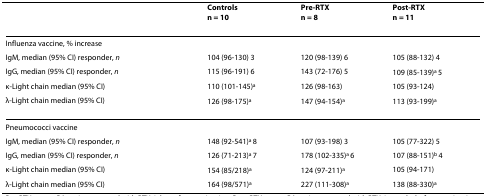
<table><thead><tr><td></td><td><b>Controlsn = 10</b></td><td><b>Pre-RTXn = 8</b></td><td><b>Post-RTXn = 11</b></td></tr></thead><tbody><tr><td>Influenza vaccine, % increase</td><td></td><td></td><td></td></tr><tr><td>IgM, median (95% CI) responder, <i>n</i></td><td>104 (96-130) 3</td><td>120 (98-139) 6</td><td>105 (88-132) 4</td></tr><tr><td>IgG, median (95% CI) responder, <i>n</i></td><td>115 (96-191) 6</td><td>143 (72-176) 5</td><td>109 (85-139)<sup>a </sup>5</td></tr><tr><td>κ-Light chain median (95% CI)</td><td>110 (101-145)<sup>a</sup></td><td>126 (98-163)</td><td>105 (93-124)</td></tr><tr><td>λ-Light chain median (95% CI)</td><td>126 (98-175)<sup>a</sup></td><td>147 (94-154)<sup>a</sup></td><td>113 (93-199)<sup>a</sup></td></tr><tr><td>Pneumococci vaccine</td><td></td><td></td><td></td></tr><tr><td>IgM, median (95% CI) responder, <i>n</i></td><td>148 (92-541)<sup>a </sup>8</td><td>107 (93-198) 3</td><td>105 (77-322) 5</td></tr><tr><td>IgG, median (95% CI) responder, <i>n</i></td><td>126 (71-213)<sup>a </sup>7</td><td>178 (102-335)<sup>a </sup>6</td><td>107 (88-151)<sup>b </sup>4</td></tr><tr><td>κ-Light chain median (95% CI)</td><td>154 (85/218)<sup>a</sup></td><td>124 (97-211)<sup>a</sup></td><td>105 (94-171)</td></tr><tr><td>λ-Light chain median (95% CI)</td><td>164 (98/571)<sup>a</sup></td><td>227 (111-308)<sup>a</sup></td><td>138 (88-330)<sup>a</sup></td></tr></tbody></table>